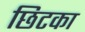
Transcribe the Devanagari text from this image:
छिटका